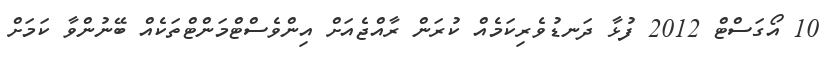
10 އޯގަސްޓް 2012 ފުޅާ ދަނޑުވެރިކަމެއް ކުރަން ރާއްޖެއަށް އިންވެސްޓްމަންޓްތަކެއް ބޭނުންވާ ކަމަށް